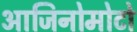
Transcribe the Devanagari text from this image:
आजिनोमोटो